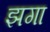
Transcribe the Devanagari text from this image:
झगा